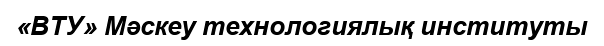
«ВТУ» Мәскеу технологиялық институты